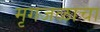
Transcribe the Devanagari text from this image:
मृगजळाचा